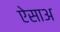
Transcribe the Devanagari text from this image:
ऐसाअ